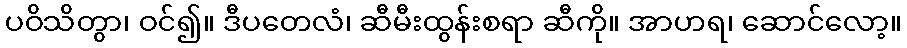
ပဝိသိတွာ၊ ဝင်၍။ ဒီပတေလံ၊ ဆီမီးထွန်းစရာ ဆီကို။ အာဟရ၊ ဆောင်လော့။